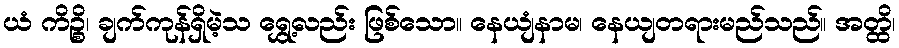
ယံ ကိဉ္စိ၊ ချက်ကုန်ရှိမဲ့သ ရွှေ့လည်း ဖြစ်သော။ နေယျံနာမ၊ နေယျတရားမည်သည်။ အတ္ထိ၊